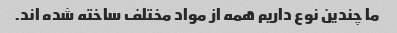
ما چندین نوع داریم همه از مواد مختلف ساخته شده اند.